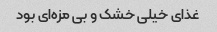
غذای خیلی خشک و بی مزه‌ای بود